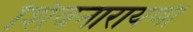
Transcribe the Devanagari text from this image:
शिवनारायणी